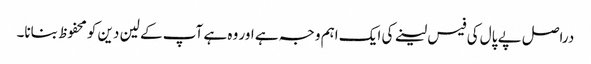
دراصل پے پال کی فیس لینے کی ایک اہم وجہ ہے اور وہ ہے آپ کے لین دین کو محفوظ بنانا۔